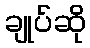
ချုပ်ဆို